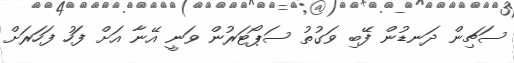
ސަޗިން ދަނޑުން ފޭބި ވަގުތު ސަޕޯޓަރުން ވަނީ އޭނާ އަށް ފަހު ފަހަރަށް